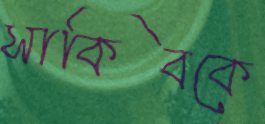
সাকিবকে